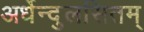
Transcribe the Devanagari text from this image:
अर्धेन्दुलसितम्